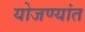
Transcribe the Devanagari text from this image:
योजण्यांत